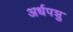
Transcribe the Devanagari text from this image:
अर्धपशु